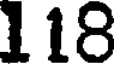
118